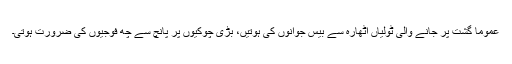
عموماً گشت پر جانے والی ٹولیاں اٹھارہ سے بیس جوانوں کی ہوتیں، بڑی چوکیوں پر پانچ سے چھ فوجیوں کی ضرورت ہوتی۔